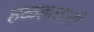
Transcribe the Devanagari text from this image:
हळहळली